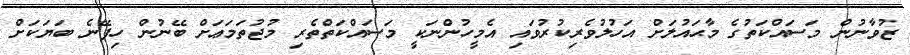
ޒުވާނުން މަސައްކަތުގެ މާޙައުލަށް އަހުލުވެރިކުރުވައި އެމީހުންނަކީ މަސައްކަތްތެރި މުޖުތަމަޢަށް ބޭނުން ހިފޭނެ ބަޔަކަށް